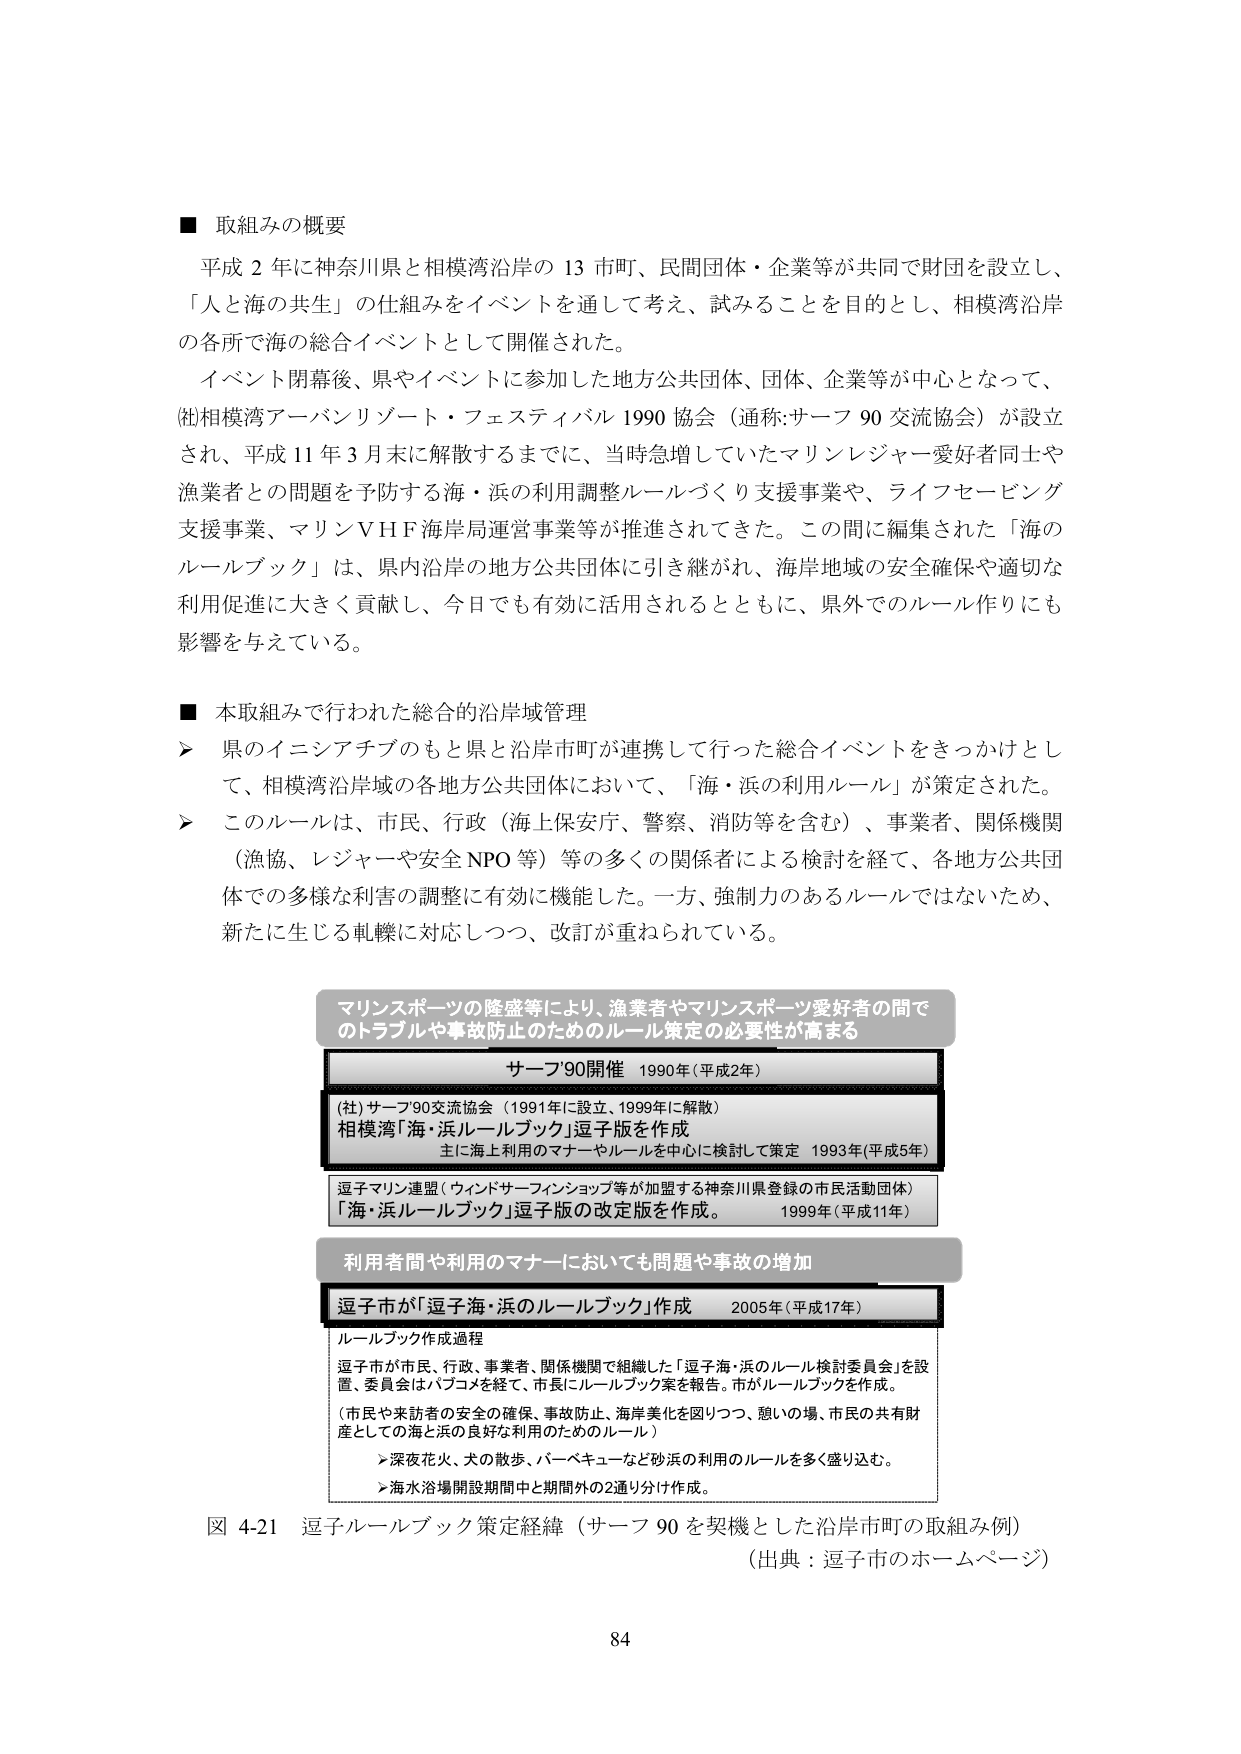
■ 取組みの概要
平成２年に神奈川県と相模湾沿岸の１３市町、民間団体・企業等が共同で財団を設立し、「人と海の共生」の仕組みをイベントを通して考え、試みることを目的とし、相模湾沿岸の各所で海の総合イベントとして開催された。
イベント閉幕後、県やイベントに参加した地方公共団体、団体、企業等が中心となって、(社)相模湾アーバンリゾート・フェスティバル１９９０協会（通称：サーフ９０交流協会）が設立され、平成１１年３月末に解散するまでに、当時急増していたマリンレジャー愛好者同士や漁業者との問題を予防する海・浜の利用調整ルールづくり支援事業や、ライフセービング支援事業、マリンＶＨＦ海岸局運営事業等が推進されてきた。この間に編集された「海のルールブック」は、県内沿岸の地方公共団体に引き継がれ、海岸地域の安全確保や適切な利用促進に大きく貢献し、今日でも有効に活用されるとともに、県外でのルール作りにも影響を与えている。

■ 本取組みで行われた総合的沿岸域管理
➤ 県のイニシアチブのもと県と沿岸市町が連携して行った総合イベントをきっかけとして、相模湾沿岸域の各地方公共団体において、「海・浜の利用ルール」が策定された。
➤ このルールは、市民、行政（海上保安庁、警察、消防等を含む）、事業者、関係機関（漁協、レジャーや安全ＮＰＯ等）等の多くの関係者による検討を経て、各地方公共団体での多様な利害の調整に有効に機能した。一方、強制力のあるルールではないため、新たに生じる軋轢に対応しつつ、改訂が重ねられている。

マリンスポーツの隆盛等により、漁業者やマリンスポーツ愛好者の間でのトラブルや事故防止のためのルール策定の必要性が高まる
サーフ’９０開催　１９９０年（平成２年）
(社)サーフ９０交流協会（１９９１年に設立、１９９９年に解散）
相模湾「海・浜ルールブック」逗子版を作成
主に海上利用のマナーやルールを中心に検討して策定　１９９３年（平成５年）
逗子マリン連盟（ウインドサーフィンショップ等が加盟する神奈川県登録の市民活動団体）
「海・浜ルールブック」逗子版の改定版を作成。　１９９９年（平成１１年）

利用者間や利用のマナーにおいても問題や事故の増加
逗子市が「逗子海・浜のルールブック」作成　２００５年（平成１７年）
ルールブック作成過程
逗子市が市民、行政、事業者、関係機関で組織した「逗子海・浜のルール検討委員会」を設置、委員会はパブコメを経て、市長にルールブック案を報告。市がルールブックを作成。
（市民や来訪者の安全の確保、事故防止、海岸美化を図りつつ、憩いの場、市民の共有財産としての海と浜の良好な利用のためのルール）
➤ 深夜花火、犬の散歩、バーベキューなど砂浜の利用のルールを多く盛り込む。
➤ 海水浴場開設期間中と期間外の２通り分け作成。

図４-２１ 逗子ルールブック策定経緯（サーフ９０を契機とした沿岸市町の取組み例）
（出典：逗子市のホームページ）
８４